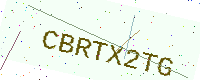
Text: CBRTX2TG